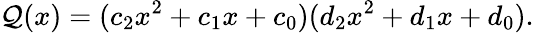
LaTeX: \mathcal{Q}(x)=(c_{2}x^{2}+c_{1}x+c_{0})(d_{2}x^{2}+d_{1}x+d_{0}).